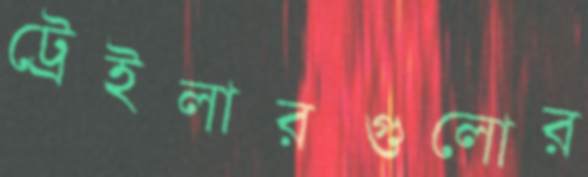
ট্রেইলারগুলোর